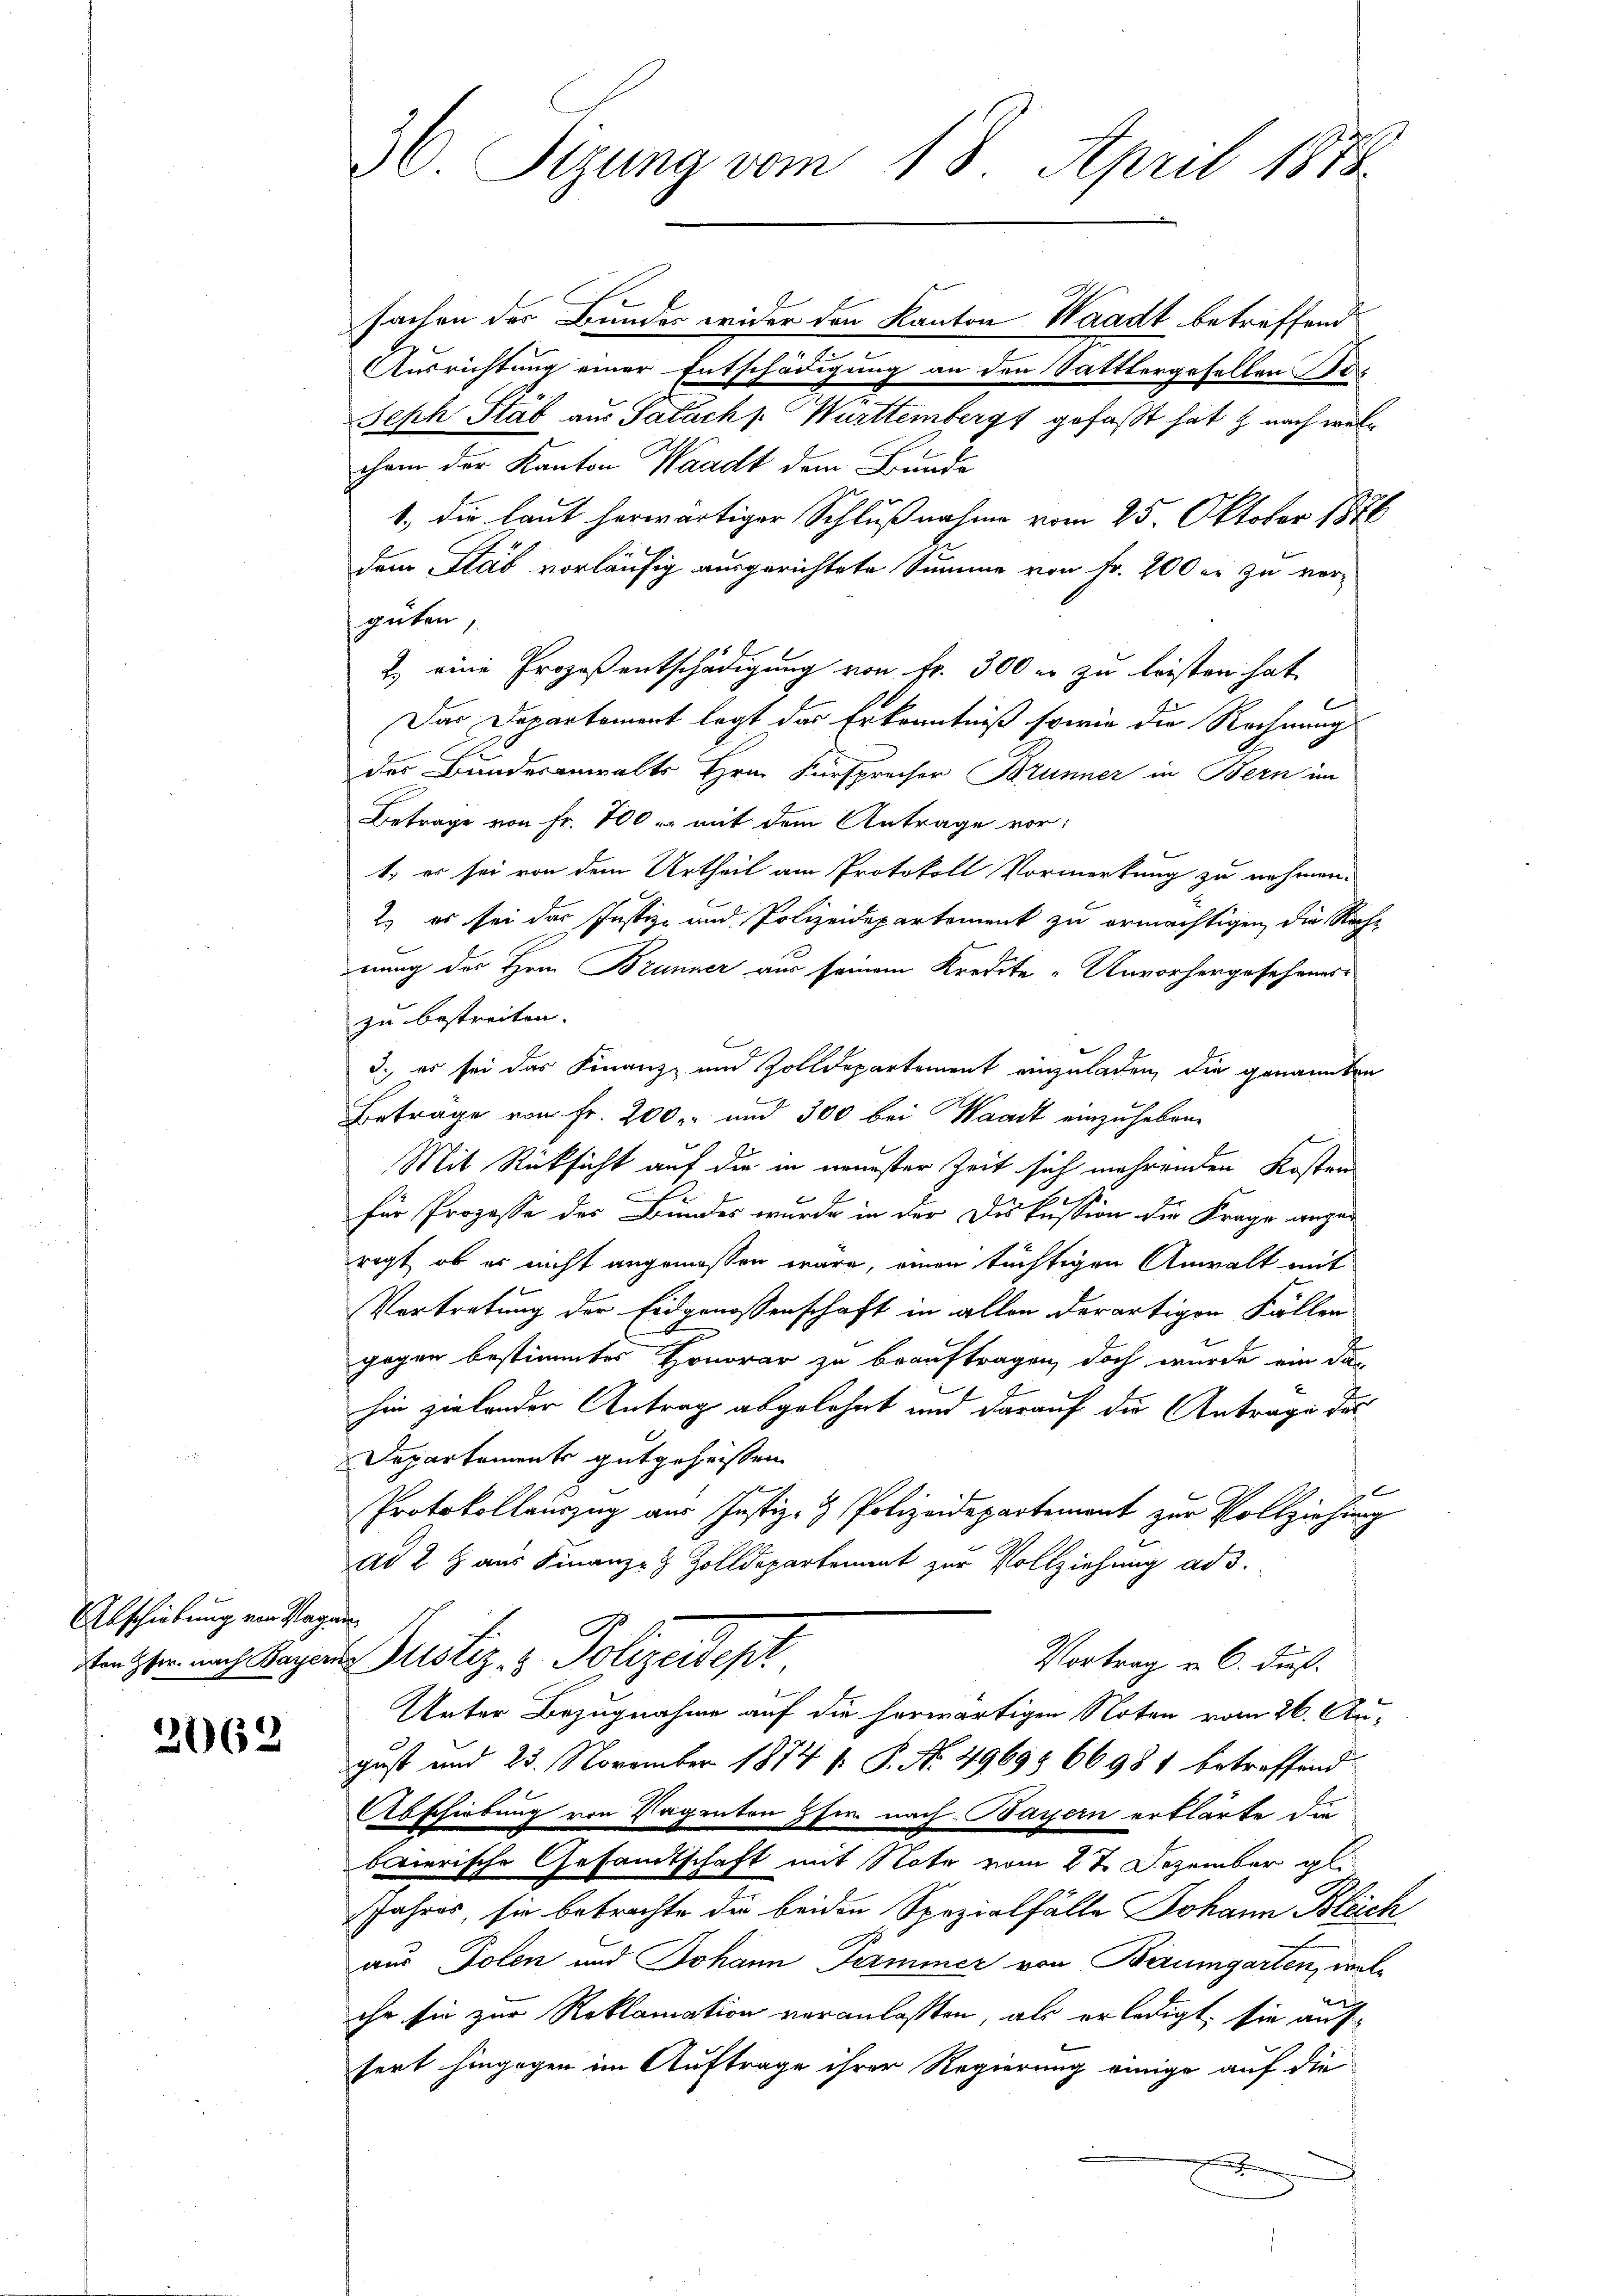
Abschiebung von Tag in

2062

fachen der Bunder wider den Kanton Waadt betreffend
Ausrichtung einer Entschädigung an den Sattlergesellen Be¬
Seph Stab aus Palachs Württembergs gefaßt hat, z. nach welchem der Kanton Waadt dem Bunde
1.) Die laut herwärtiger Schlußnahme vom 25. Oktober 1876
dem Stab vorläufig ausgerichtete Summe von Fr. 200 er zu vergüten,
2. eine Prozeßentschädigung von Fr. 300 er zu leisten hat
Das Departement legt das Erkenntniß sowie die Rechnung
des Bunderanwalts Hrn. Fürsprecher Brunner in Bern im
Betrage von Fr. 100 u. mit dem Antrage vor:
1.) es sei von dem Urtheil am Protokoll Vormerkung zu nehmen.
2. es sei das Justiz- und Polizeidepartement zu ermächtigen, die Reche
nung des Herrn Brunner aus seinem Kredite „Unvorhergesehenes
zu bestreiten.
C
3. es sei das Finanz- und Zolldepartement einzuladen, die genannten
Betrage von Fr. 200. und 300 bei Waadt einzuheben.
Mit Rücksicht auf die in neuester Zeit sich mehrenden Kosten
für Prozesse des Bundes wurde in der Diskussion die Frage angeregt, ob er nicht angemessen wäre, einen tüchtigen Anwalt mit
Vertretung der Eidgenossenschaft in allen derartigen Fällen
gegen bestimmtes Honorar zu beauftragen, doch wurde ein das
i
hin zielender Antrag abgelehnt und darauf die Antrage des
Departements gutgeheissen
f
Protokollauszug aus Justiz- & Polizeidepartement zur Vollziehung
ad 2 Haus Finanz- & Zolldepartement zur Vollziehung ad 3.
stanzten nach Sager Justiz- & Polizeidept
Vortrag v. 6. Fuß.
Unter Bezugnahme auf die herwärtigen Noten vom 26. August und 23. November 1874 f. P. Nr. 4969 § 66981 betreffend
Abschiebung von Vagenten Pfr. nach Bayern erklärte die
baierische Gesandtschaft mit Note vom 27. Dezember gl
Jahres, sie betrachte die beiden Spezialfälle Johann Bleich
aus Polen und Johann Jammer von Baumgarten, wolihr sie zur Reklamation veranlaßten, als erledigt, sie auffert hingegen im Auftrage ihrer Regierung einige auf die
e

36. Sizung vom 18. April 1878